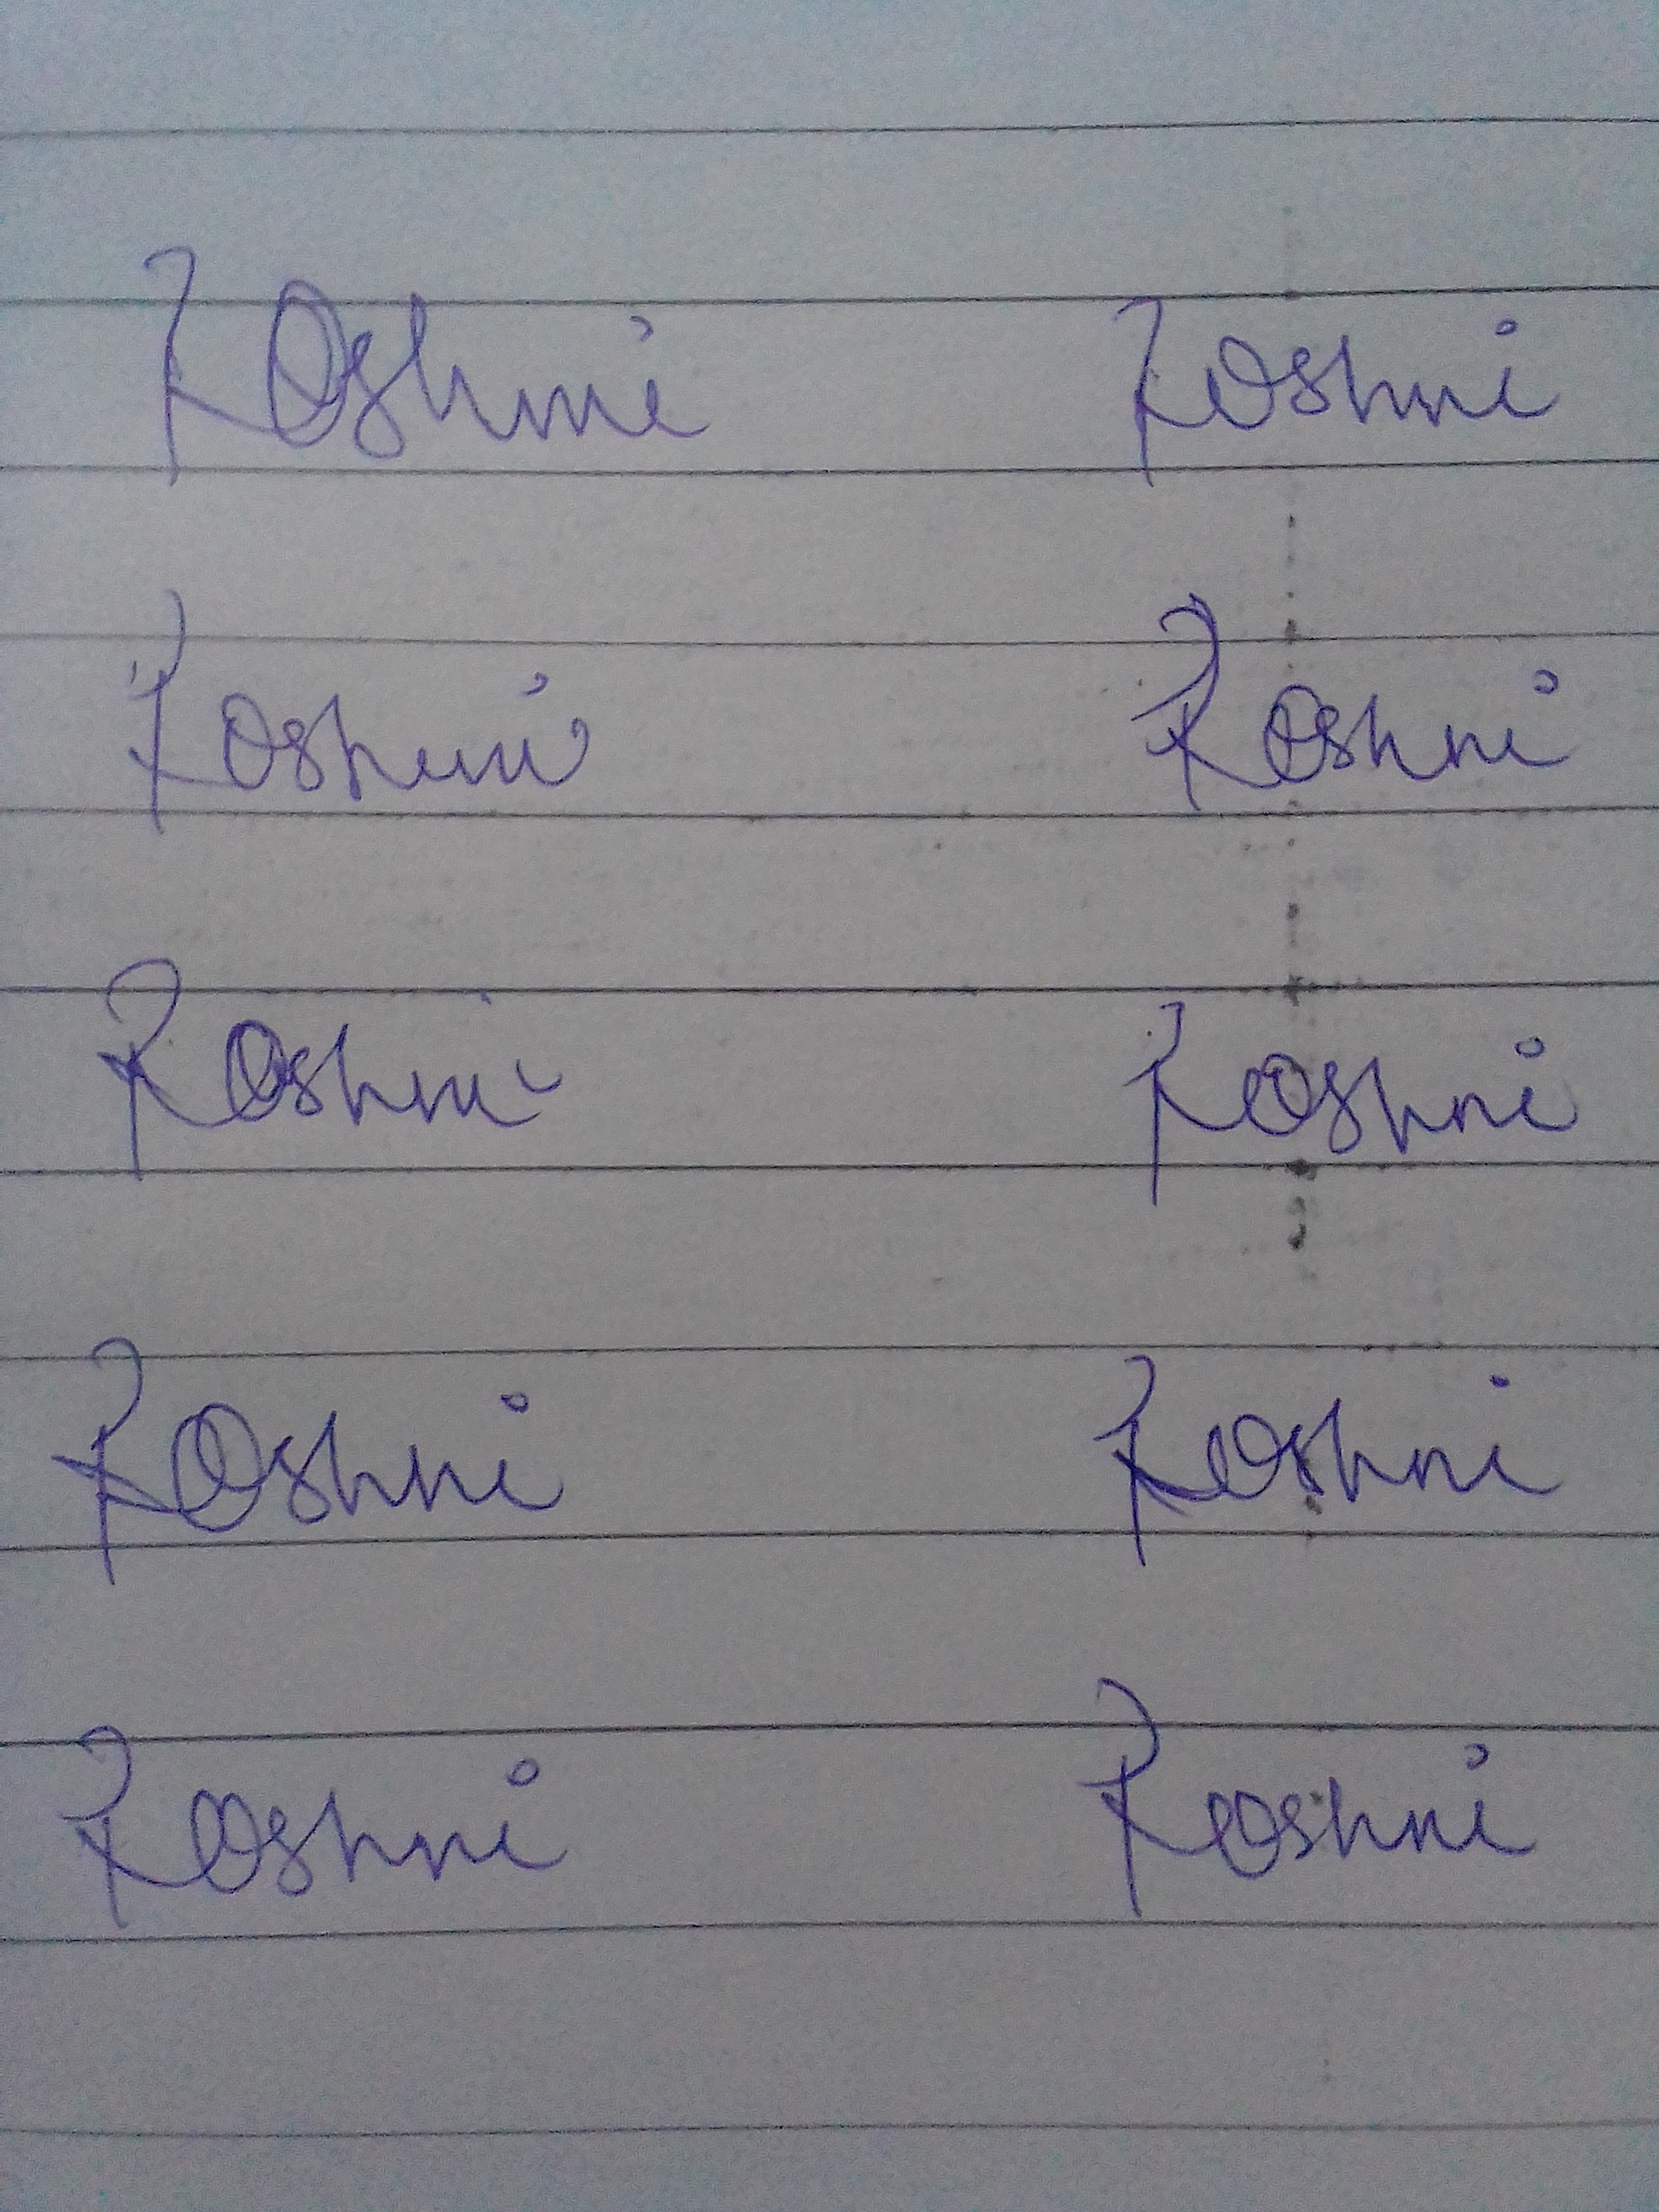
Signature authenticity: forged